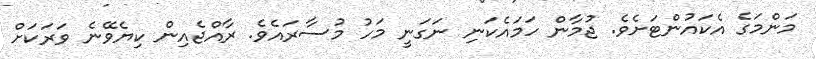
މަންމަގެ އެކައުންޓަށެވެ. ޖުމާން ހަމައެކަނި ނަގަނީ މަހު މުސާރައެވެ. ރާއްޖެއިން ކިޔެވޭނެ ވަރަކަށް